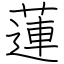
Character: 蓮